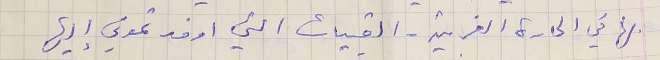
بها في الحارة الغربية - القبيات التي اوفدتموني إليها